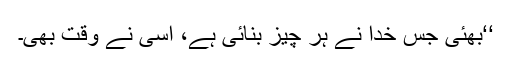
‘‘بھئی جس خدا نے ہر چیز بنائی ہے، اسی نے وقت بھی۔